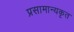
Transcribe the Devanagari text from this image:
प्रसामान्यकृत